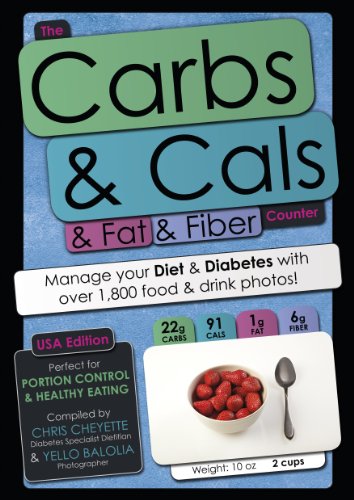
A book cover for The Carbs & Cals & Fat & Fiber Counter (USA Edition): Manage your Diet & Diabetes with over 1,800 food & drink photos!; Chris Cheyette; Health, Fitness & Dieting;